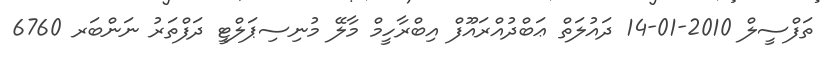
ތަފްސީލް 2010-01-14 ދައުލަތް ޢަބްދުއްރައޫފް އިބްރާހީމް މާލޭ މުނިސިޕަލްޓީ ދަފްތަރު ނަންބަރ 6760